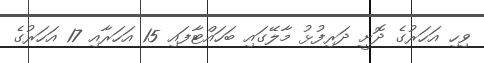
ވިހި އަހަރުގެ ދޮށީ ދަރިފުޅު މާލޭގައި ބަހައްޓާފައި 15 އަހަރާއި 17 އަހަރުގެ